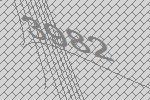
3982